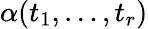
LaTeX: \alpha(t_{1},\dots,t_{r})